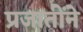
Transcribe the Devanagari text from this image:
प्रजातींने